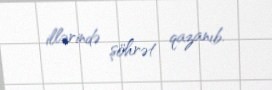
illərində şöhrət qazanıb.